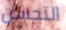
التحسن